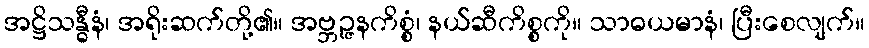
အဋ္ဌိသန္ဓီနံ၊ အရိုးဆက်တို့၏။ အဗ္ဘဉ္ဇနကိစ္စံ၊ နယ်ဆီကိစ္စကို။ သာဓယမာနံ၊ ပြီးစေလျက်။